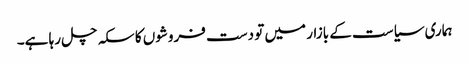
ہماری سیاست کے بازار میں تو دست فروشوں کا سکہ چل رہا ہے۔